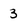
Character: 3